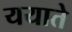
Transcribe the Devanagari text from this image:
ययाते